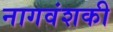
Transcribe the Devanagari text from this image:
नागवंशकी